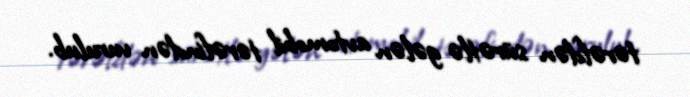
tərəfdən sürətlə gələn avtomobil tərəfindən vurulub.